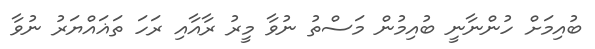
ބުއިމަށް ހުންނާނީ ބުއިމުން މަސްތު ނުވާ މީރު ރާއާއި ރަހަ ތަޣައްޔަރު ނުވާ